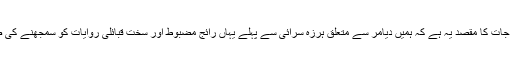
تاریخی حوالہ جات کا مقصد یہ ہے کہ ہمیں دیامر سے متعلق ہرزہ سرائی سے پہلے یہاں رائج مضبوط اور سخت قبائلی روایات کو سمجھنے کی ضرورت ہے۔